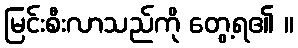
မြင်းစီးလာသည်ကို တွေ့ရ၏ ။